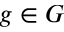
g \in G